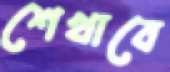
শেখাবে